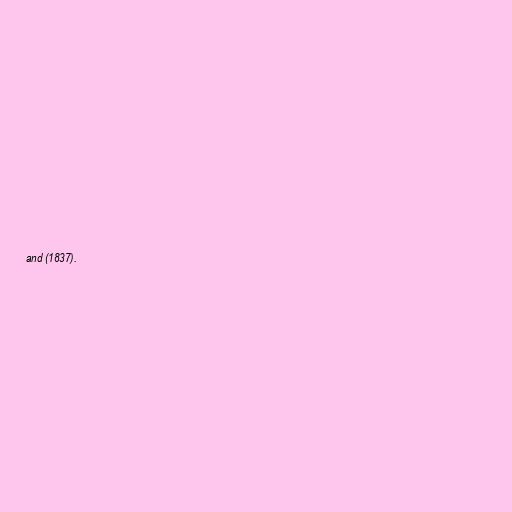
and (1837).